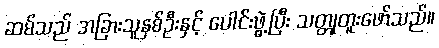
ဆမ်သည် အခြားသူနှစ်ဦးနှင့် ပေါင်းဖွဲ့ပြီး သတ္တုတူးဖော်သည်။